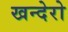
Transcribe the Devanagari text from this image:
खन्देरो